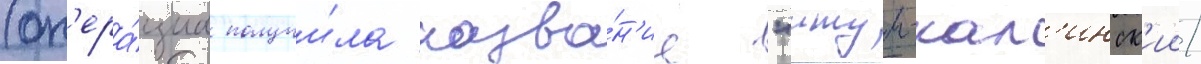
(оп'ера́циа получи́ла назва́н'ие "итум-кал'инск'ии/